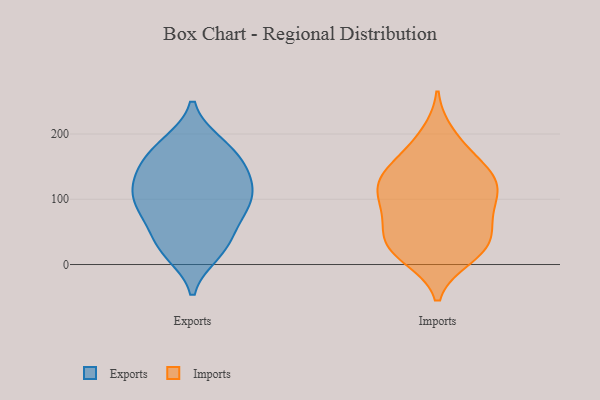
{"axis": {"x": "Temperature (°C)", "y": "Value"}, "legend": ["Exports", "Imports"], "data": [{"x": "", "y": 103, "type": "Exports"}, {"x": "", "y": 133, "type": "Exports"}, {"x": "", "y": 186, "type": "Exports"}, {"x": "", "y": 186, "type": "Exports"}, {"x": "", "y": 159, "type": "Exports"}, {"x": "", "y": 137, "type": "Exports"}, {"x": "", "y": 178, "type": "Exports"}, {"x": "", "y": 19, "type": "Exports"}, {"x": "", "y": 30, "type": "Exports"}, {"x": "", "y": 113, "type": "Exports"}, {"x": "", "y": 34, "type": "Exports"}, {"x": "", "y": 87, "type": "Exports"}, {"x": "", "y": 61, "type": "Exports"}, {"x": "", "y": 154, "type": "Exports"}, {"x": "", "y": 72, "type": "Exports"}, {"x": "", "y": 107, "type": "Exports"}, {"x": "", "y": 17, "type": "Exports"}, {"x": "", "y": 83, "type": "Exports"}, {"x": "", "y": 101, "type": "Exports"}, {"x": "", "y": 140, "type": "Exports"}, {"x": "", "y": 15, "type": "Imports"}, {"x": "", "y": 11, "type": "Imports"}, {"x": "", "y": 199, "type": "Imports"}, {"x": "", "y": 38, "type": "Imports"}, {"x": "", "y": 149, "type": "Imports"}, {"x": "", "y": 79, "type": "Imports"}, {"x": "", "y": 124, "type": "Imports"}, {"x": "", "y": 145, "type": "Imports"}, {"x": "", "y": 116, "type": "Imports"}, {"x": "", "y": 127, "type": "Imports"}, {"x": "", "y": 102, "type": "Imports"}, {"x": "", "y": 181, "type": "Imports"}, {"x": "", "y": 57, "type": "Imports"}, {"x": "", "y": 67, "type": "Imports"}, {"x": "", "y": 113, "type": "Imports"}, {"x": "", "y": 94, "type": "Imports"}, {"x": "", "y": 38, "type": "Imports"}, {"x": "", "y": 32, "type": "Imports"}, {"x": "", "y": 19, "type": "Imports"}, {"x": "", "y": 147, "type": "Imports"}]}